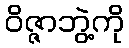
ဝိဇ္ဇာဘွဲ့ကို